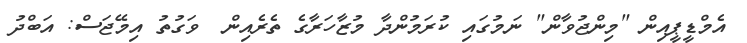
އެމްޑީޕީއިން "މިންޖުވާން" ނަމުގައި ކުރަމުންދާ މުޒާހަރާގެ ތެރެއިން  ވަގުތު އިމޭޖަސް: އަބްދު